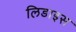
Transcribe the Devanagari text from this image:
लिडाइस